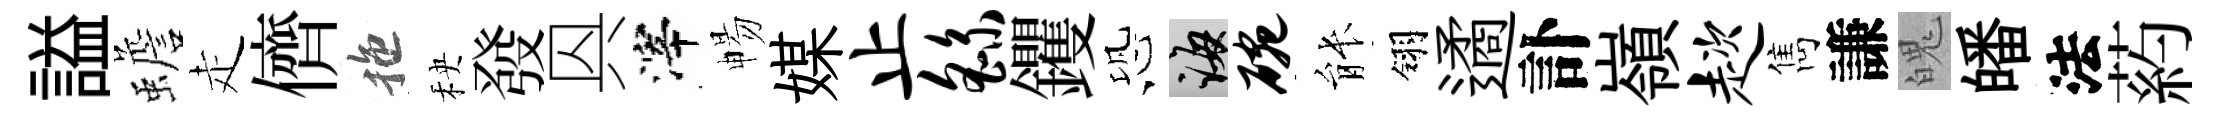
謚蟾走儕拖秧發㒷滓暢媒止繇钁恐誨碗䏻翎遹訃嶺趑雋謙魄皤法葯